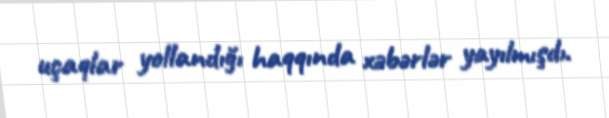
uçaqlar yollandığı haqqında xəbərlər yayılmışdı.